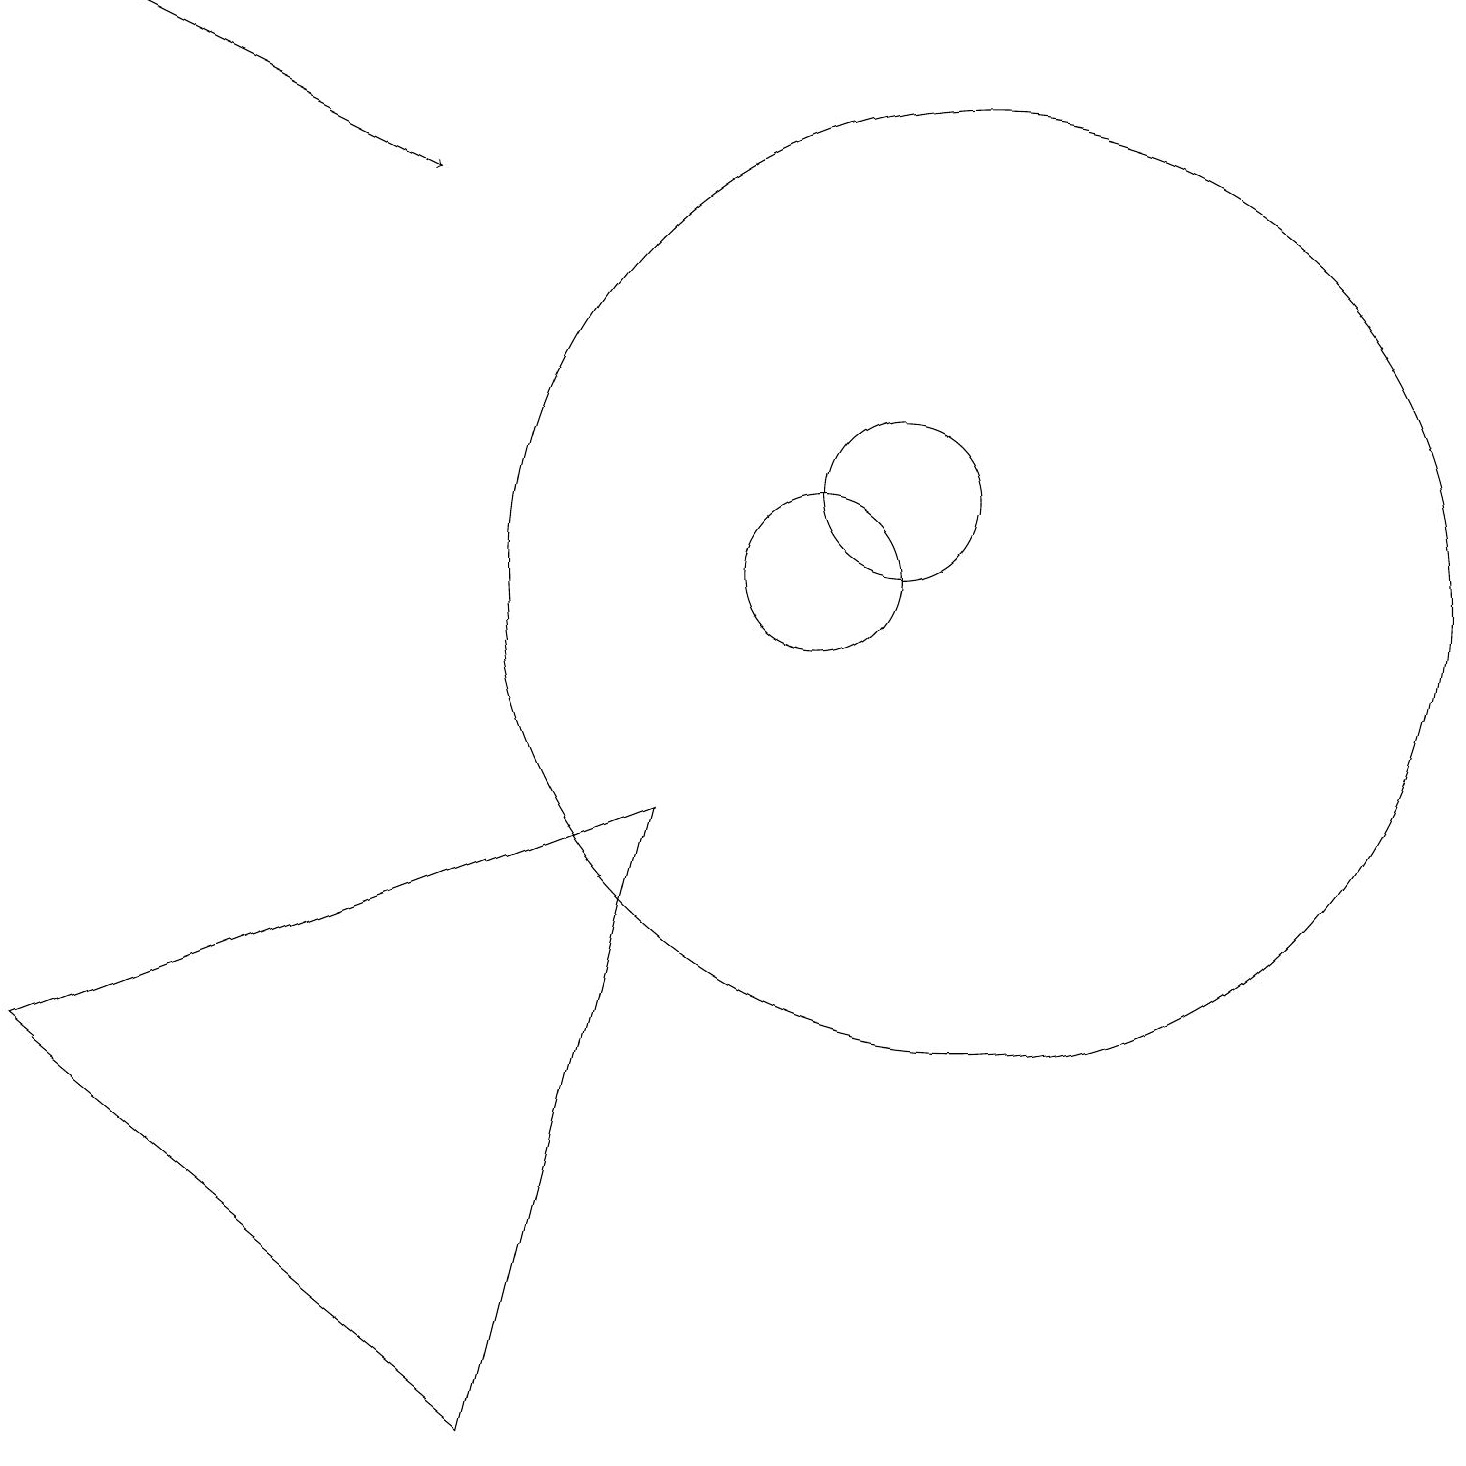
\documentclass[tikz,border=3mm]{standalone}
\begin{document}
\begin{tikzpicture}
\draw (11,12) circle (1);
\draw (11,11) circle (0);
\draw[->] (1,18) -- (5,16);
\draw (12,11) circle (6);
\draw (6,0) -- (8,8) -- (0,5) -- cycle;
\draw (10,11) circle (1);
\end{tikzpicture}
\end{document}